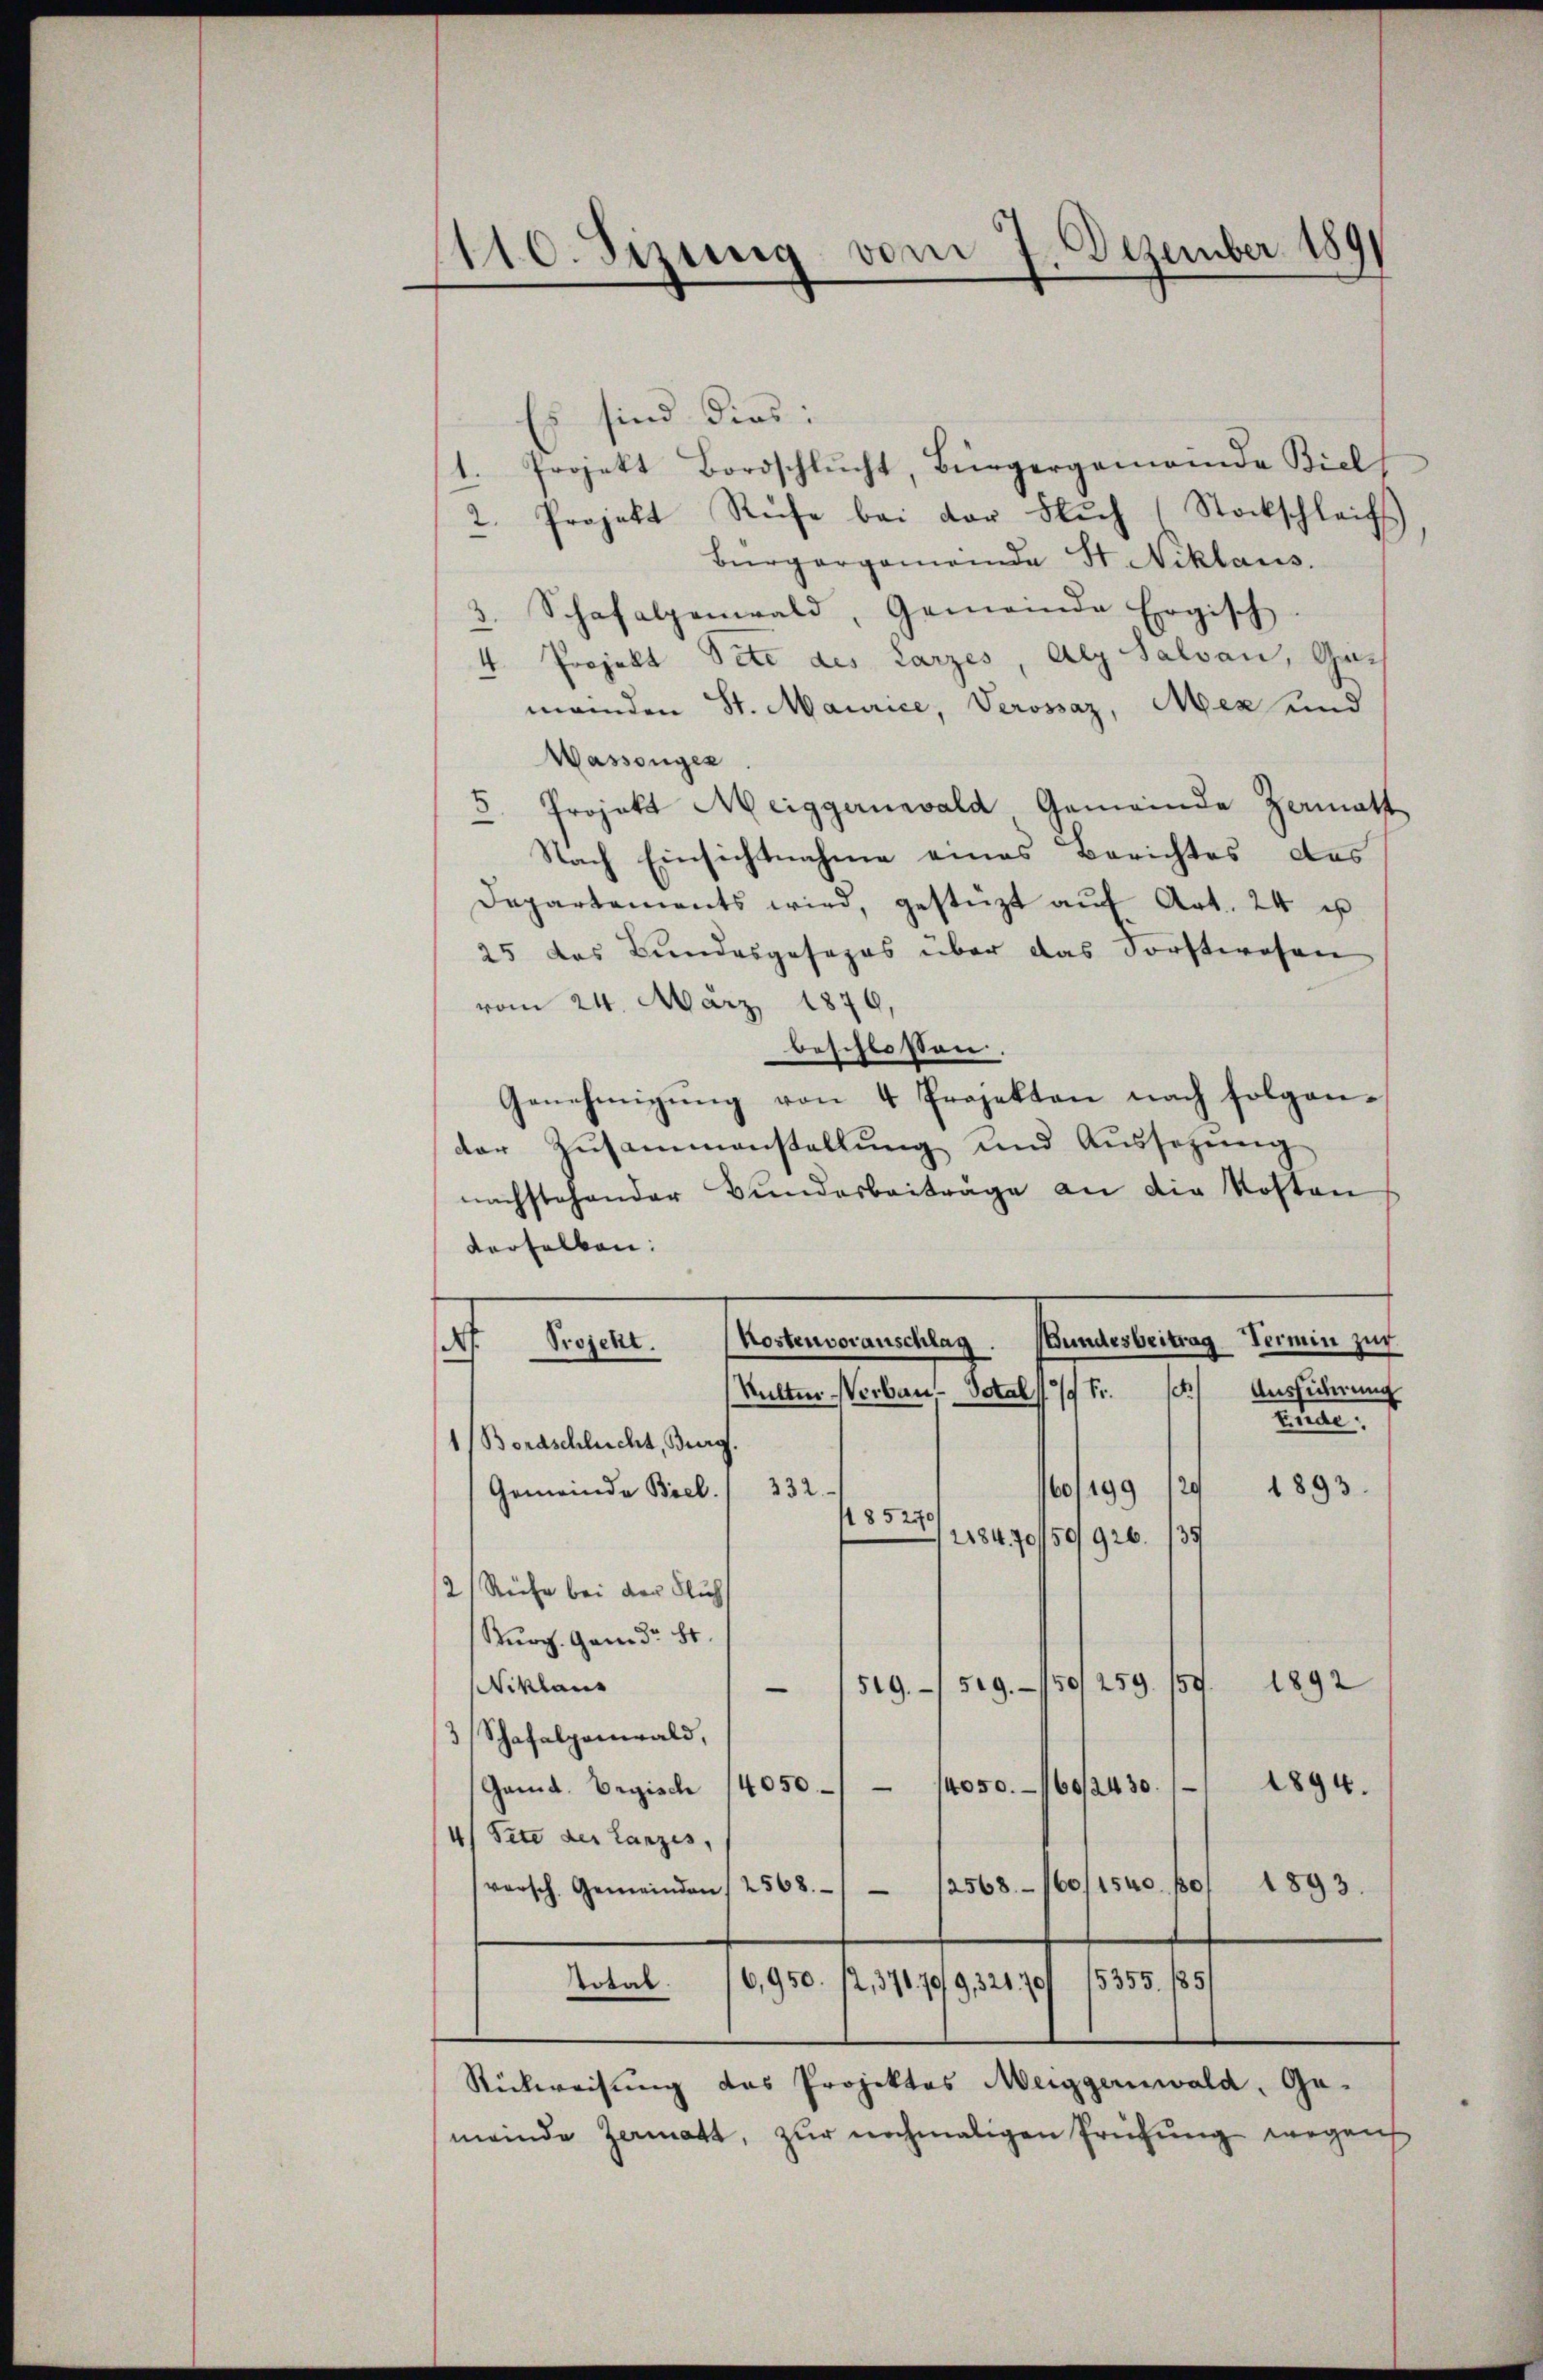
110. Sizung vom 7. Dezember 189

Es sind dies:
Projekt Bordschlŭcht, Bürgergemeinde Biel
1.
Projekt Rufe bei der Fluch Stockschleifs
2.
Bürgergemende St. Niklaus.
3. Schafalpenwald, Gemeinde Ergisch
4. Projekt Pete des Larzes, Aeg Salvan, Gemenden St. Maurice, Verossaz, Mez und
Wassenger
5. Projekt Meiggernevald Gemeinde Zamatt
Nach Einsichtnahme eines Berichtes des
Departements wird, gestüzt aŭf Art. 24 u
25 des Bundesgesezes über das Forstwesen
vom 24. März 1879.
beschlossen
Genehmigŭng von 4 Projekten nach folgen-
der Zusammenstellung und Aussetzung
nachstehender Bundesbeiträge an die Kosten
derselben:
Bundesbeitrag Termin zur
Kostenvoranschlag
e Sitte
Sutter Verbau-Dotal 179 Fr. 1) Aussicherung
Stre
1 Boraschlucht, Burg.
1893
/1891
Gemeinde Biel. 332.
85240
218470/59926. 139
2 Ruhe bei der Fluch
Kurch. Gem. Dr. St.
1892
519./529. /50/259. 159.
Niklaus
3 Schafalpanwald,
(Gand. Begisch 14050 - 14050./60/2430. 11 1894.
4) Peter der Lanzes,
versch. Gemeinden / 2568. 12568. 160/1540. 10/ 1893.
6,950. 12,37679/G,32170/ 15355. 1851
Total
Rückweisung das Projektes Meiggernwald, Ge-
meinde Zermatt, zur nochmaligen Prüfung wegen